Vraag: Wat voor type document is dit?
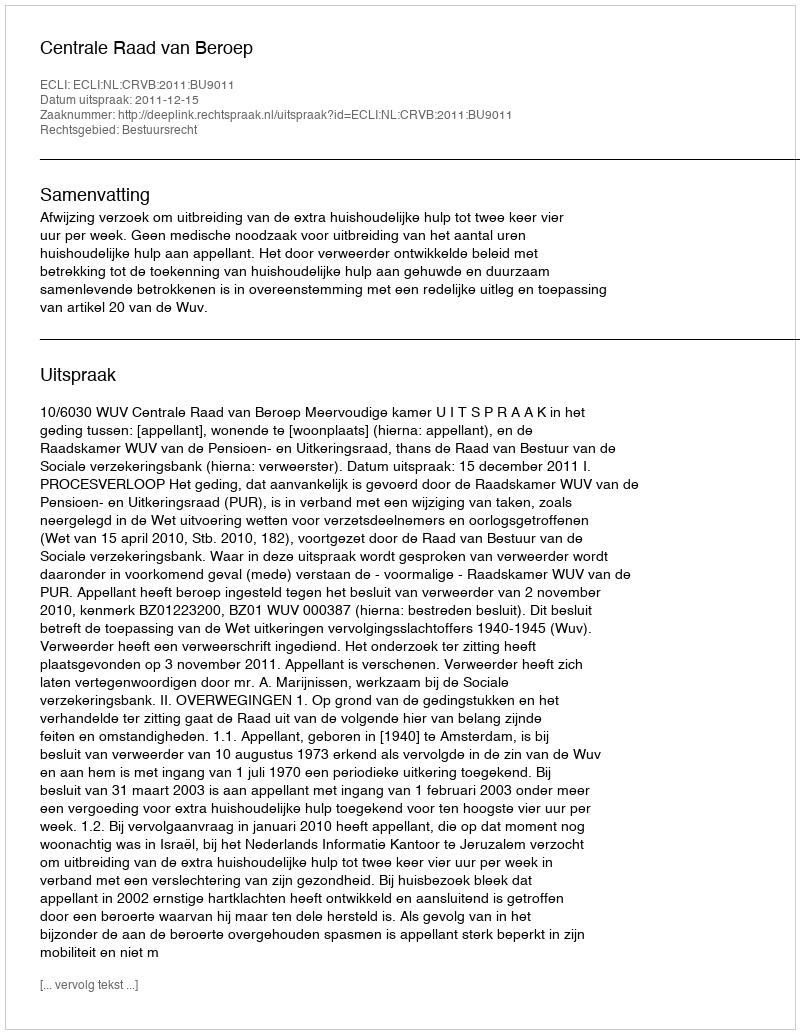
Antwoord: Uitspraak